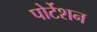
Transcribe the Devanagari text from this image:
पोर्टेशन